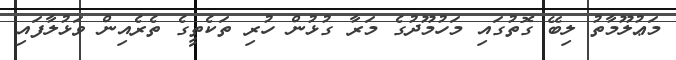
މަޢުލޫމާތު ލިބޭ ގޮތުގައި މަހުމޫދުގެ މަރާ ގުޅުން ހުރި ތަކެތީގެ ތެރެއިން ވަޅުލާފައި